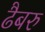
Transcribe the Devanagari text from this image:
ढैबरु